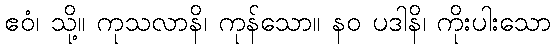
ဧဝံ၊ သို့။ ကုသလာနိ၊ ကုန်သော။ နဝ ပဒါနိ၊ ကိုးပါးသော